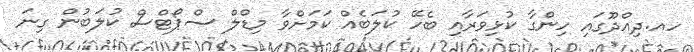
ހއ.ދިއްދޫގައި ހިންގާ ކުޅިވަރާއި ބެހޭ ކުލަބެއް ކަމަށްވާ މިޑްލް ސްޕޯޓްސް ކުލަބުން ގިނަ